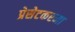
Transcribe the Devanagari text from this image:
प्रेसेटकरना